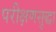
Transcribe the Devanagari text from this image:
परीक्षणसुद्धा